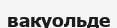
вакуольде